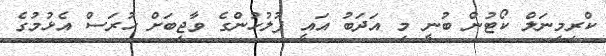
ކްރިމިނަލް ކޯޓުން ބުނީ މި އަދަބު އައީ ފުުލުހުންގެ ވާޖިބަށް ހުރަސް އެޅުމުގެ